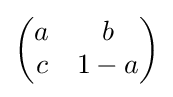
{\begin{pmatrix}a&b\\c&1-a\end{pmatrix}}